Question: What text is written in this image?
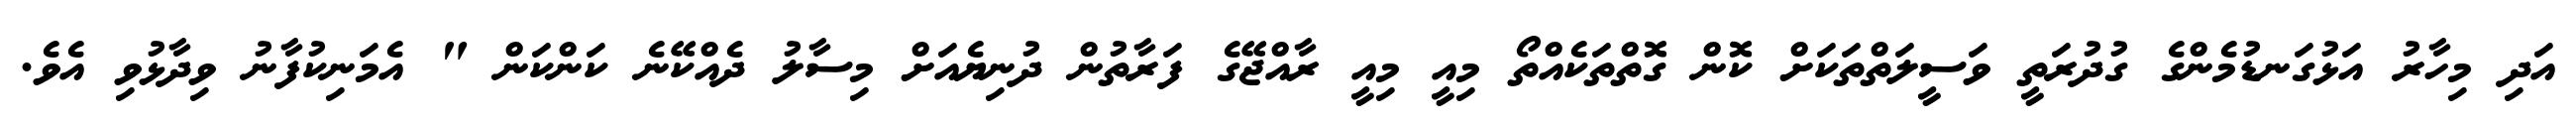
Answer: އަދި މިހާރު އަޅުގަނޑުމެންގެ ގުދުރަތީ ވަސީލަތްތަކަށް ކޮން ގޮތްތަކެއްތޯ މިއީ މިއީ ރާއްޖޭގެ ފަރާތުން ދުނިޔެއަށް މިސާލު ދެއްކޭނެ ކަންކަން " އެމަނިކުފާނު ވިދާޅުވި އެވެ.